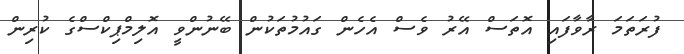
ފުރަތަމަ ރާވާފައި އޮތަސް އޭރު ވެސް އެހެން ގައުމުތަކުން ބޭނުންވީ އޮލިމްޕިކްސްގެ ކުރިން